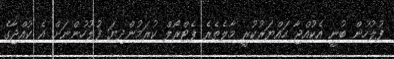
ފުލުހުން ބުނީ އެކުއްޖާ ހައްޔަރުކުރީ މާލެތެރެ ޕެޓްރޯލް ކުރަމުންދިޔަ ފުލުހުންނަށް އެ ކުއްޖާގެ